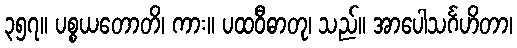
၃၅၇။ ပစ္စယတောတိ၊ ကား။ ပထဝီဓာတု၊ သည်။ အာပေါသင်္ဂဟိတာ၊